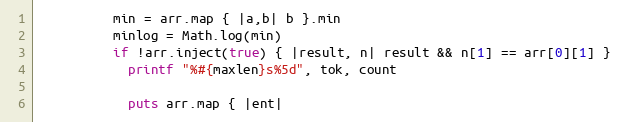
Language: Ruby
          min = arr.map { |a,b| b }.min
          minlog = Math.log(min)
          if !arr.inject(true) { |result, n| result && n[1] == arr[0][1] }
            printf "%#{maxlen}s%5d", tok, count

            puts arr.map { |ent|